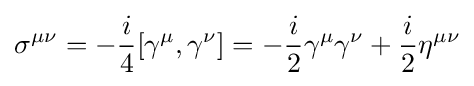
\sigma ^{\mu \nu }=-{\frac {i}{4}}[\gamma ^{\mu },\gamma ^{\nu }]=-{\frac {i}{2}}\gamma ^{\mu }\gamma ^{\nu }+{\frac {i}{2}}\eta ^{\mu \nu }